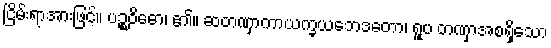
ငြိမ်းရာအားဖြင့်။ ပဉ္စဝိဓော၊ ၏။ ဆတဏှာကာယက္ခယဘေဒတော၊ ရူပ တဏှာအစရှိသော